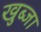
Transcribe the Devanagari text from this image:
खुब्जा